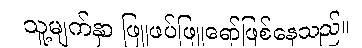
သူ့မျက်နှာ ဖြူဖပ်ဖြူရော်ဖြစ်နေသည်။